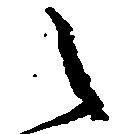
之